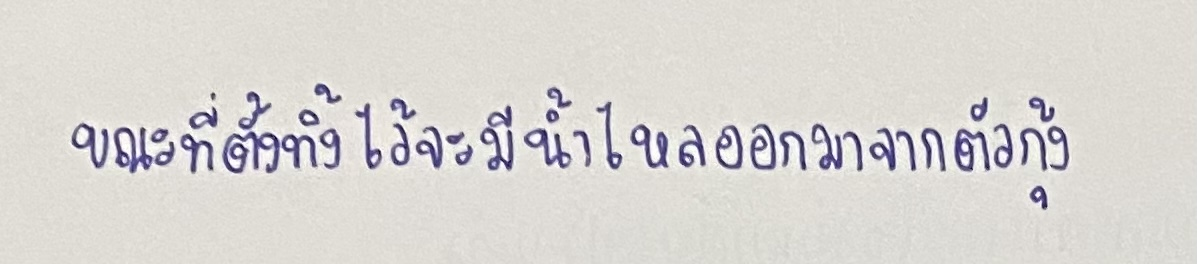
ขณะที่ตั้งทิ้งไว้จะมีน้ำไหลออกมาจากตัวกุ้ง